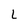
Character: L